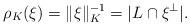
LaTeX: \begin{align*} \rho_K(\xi)= \|\xi\|_K^{-1} = |L\cap \xi^\bot|.\end{align*}